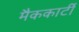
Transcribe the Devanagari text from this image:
मैककार्टी